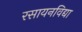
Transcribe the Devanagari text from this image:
रसायनविद्या